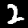
Digit: 2